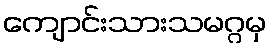
ကျောင်းသားသမဂ္ဂမှ